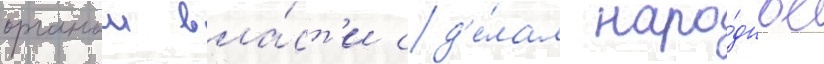
органом вла́ст'и сд'е́лал наро́дное